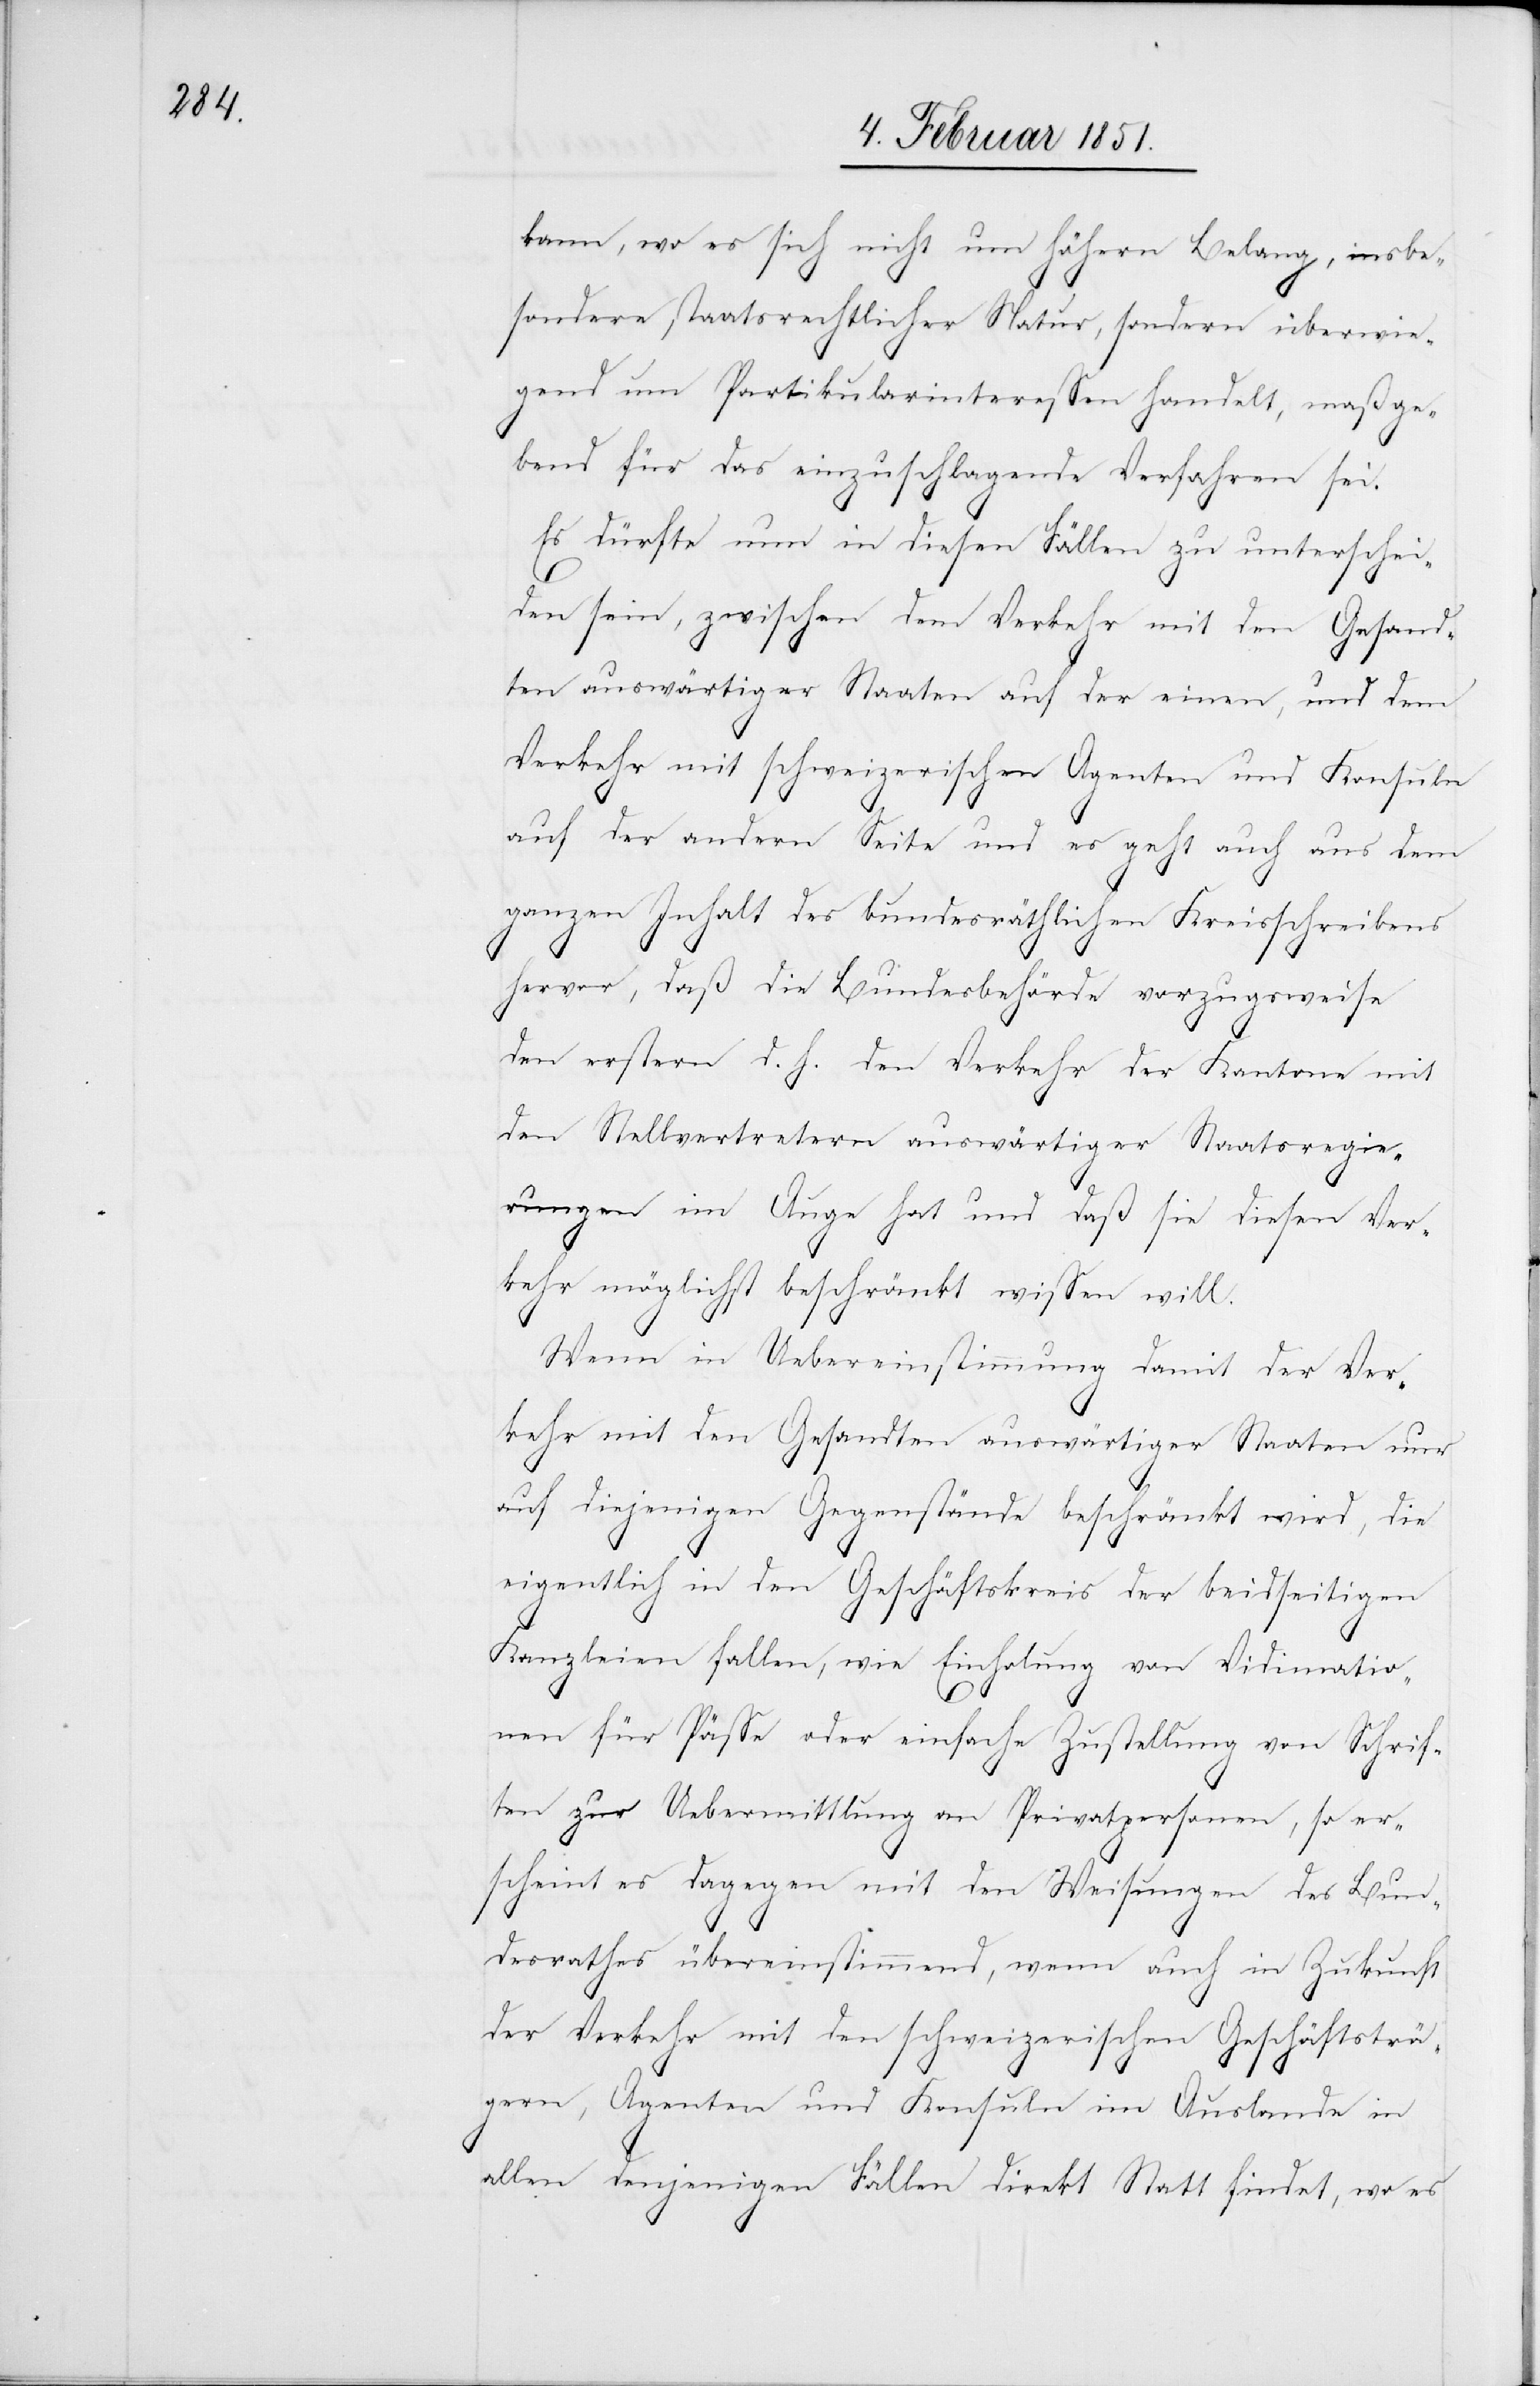
kann, wo es sich nicht um höhern Belang, insbe¬
sondere staatsrechtlicher Natur, sondern überwie¬
gend um Partikularinteressen handelt, maßge¬
bend für das einzuschlagende Verfahren sei.
Es dürfte nun in diesen Fällen zu unterschei¬
den sein, zwischen dem Verkehr mit den Gesand¬
ten auswärtiger Staaten auf der einen, und dem
Verkehr mit schweizerischen Agenten und Konsuln
auf der andern Seite und es geht auch aus dem
ganzen Inhalt des bundesräthlichen Kreisschreibens
hervor, daß die Bundesbehörde vorzugsweise
den erstern d. h. den Verkehr der Kantone mit
den Stellvertretern auswärtiger Staatsregie¬
rungen im Auge hat und daß sie diesen Ver¬
kehr möglichst beschränkt wissen will.
Wenn in Uebereinstimmung damit der Ver¬
kehr mit den Gesandten auswärtiger Staaten nur
auf diejenigen Gegenstände beschränkt wird, die
eigentlich in den Geschäftskreis der beidseitigen
Kanzleien fallen, wie Einholung von Vidimatio¬
nen für Pässe oder einfache Zustellung von Schrif¬
ten zur Uebermittlung an Privatpersonen, so er¬
scheint es dagegen mit den Weisungen des Bun¬
desrathes übereinstimmend, wenn auch in Zukunft
der Verkehr mit den schweizerischen Geschäftsträ¬
gern, Agenten und Konsuln im Auslande in
allen denjenigen Fällen direkt Statt findet, wo es